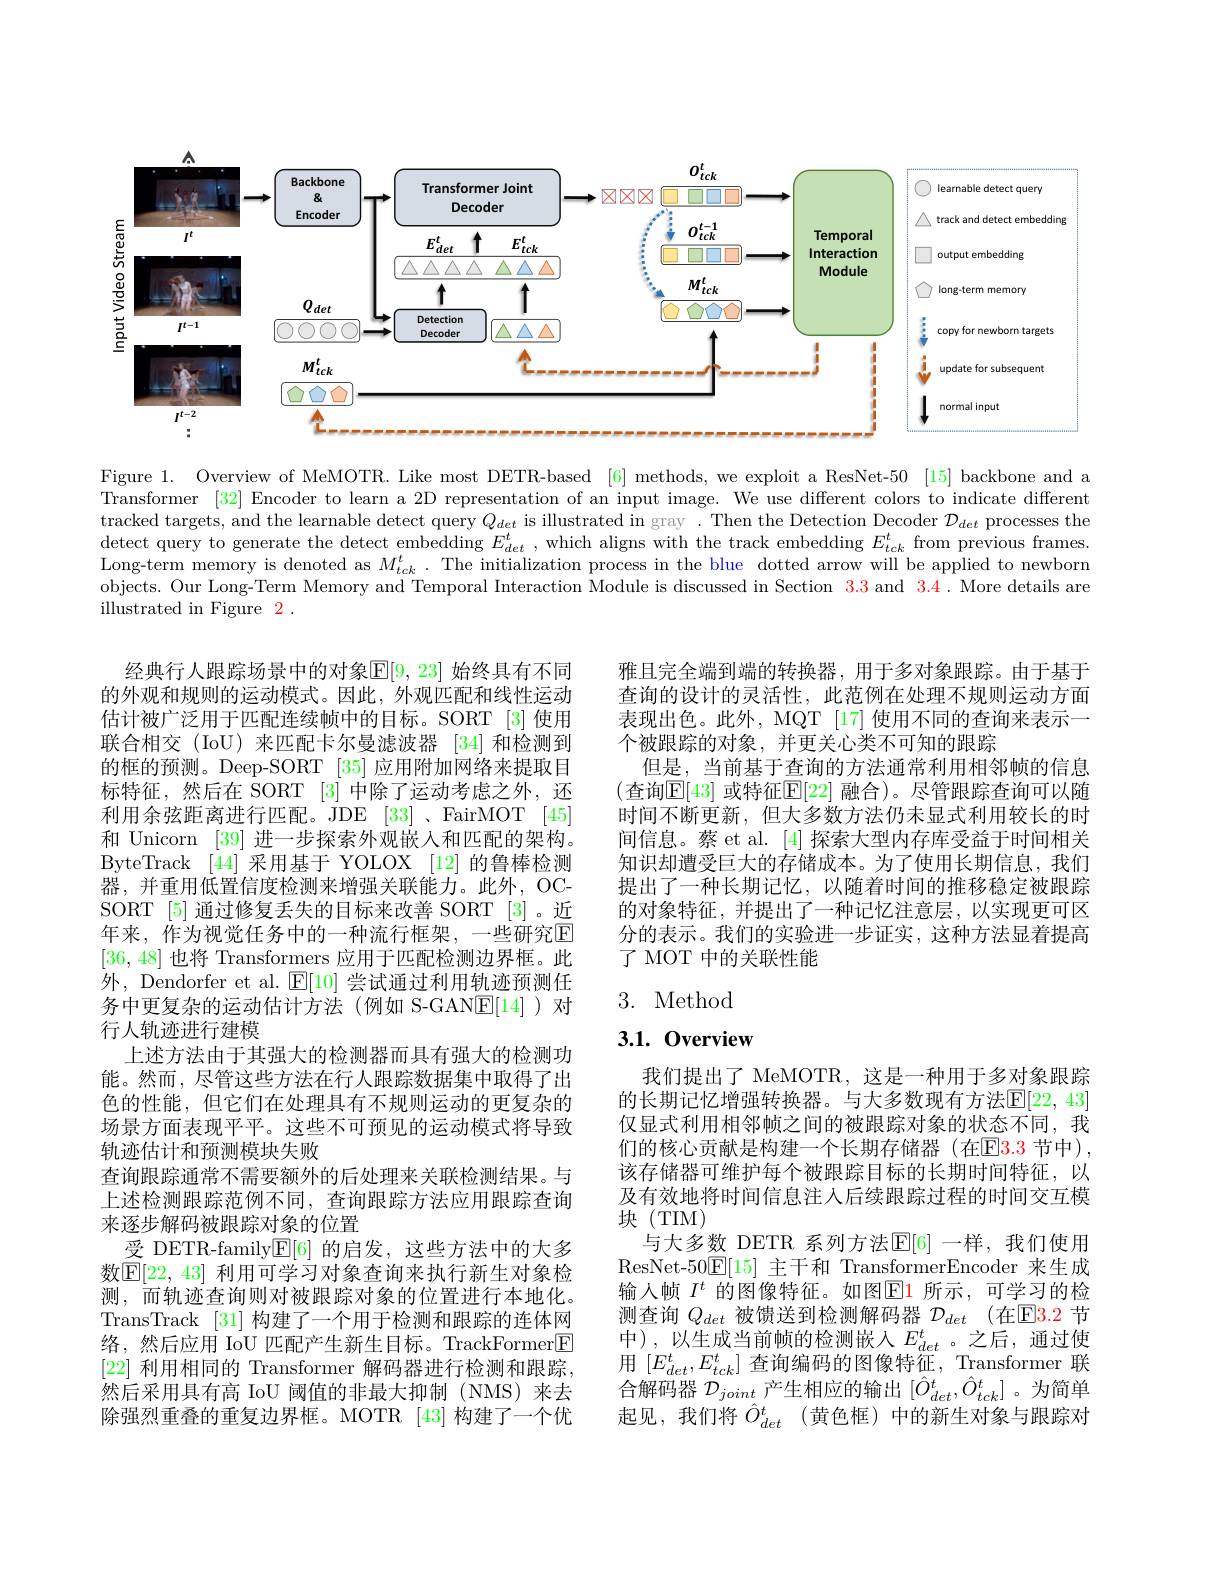
<FigureHere>

Figure 1. Overview of MeMOTR. Like most DETR-based [6] methods, we exploit a ResNet-50 [15] backbone and a $\bar{\text{Transformer }}[32]$ Encoder to learn a 2D representation of an input image. We use different colors to indicate different tracked targets, and the learnable detect query $Q_{det}$ is illustrated in gray . Then the Detection Decoder $\mathcal{D}_det$ processes the detect query to generate the detect embedding $E_det^t$, which aligns with the track embedding $E_tck^t$ from previous frames Long-term memory is denoted as $M_{tck}^t.$ The initialization process in the blue dotted arrow will be applied to newborn objects. Our Long-Term Memory and Temporal Interaction Module is discussed in Section $\color{red}{3.3}$ and $\color{red}{3.4.\text{ More details are}}$ illustrated in Figure 2 .

雅且完全端到端的转换器，用于多对象跟踪。由于基于查询的设计的灵活性，此范例在处理不规则运动方面表现出色。此外，MQT [17] 使用不同的查询来表示一个被跟踪的对象，并更关心类不可知的跟踪
但是，当前基于查询的方法通常利用相邻帧的信息(查询$\mathbb{E}[43]$ 或特征$\mathbb{E}[22]$ 融合)。尽管跟踪查询可以随时间不断更新，但大多数方法仍未显式利用较长的时间信息。蔡 et al. [4] 探索大型内存库受益于时间相关知识却遭受巨大的存储成本。为了使用长期信息，我们提出了一种长期记忆，以随着时间的推移稳定被跟踪的对象特征，并提出了一种记忆注意层，以实现更可区分的表示。我们的实验进一步证实，这种方法显着提高了 MOT 中的关联性能

## 3. Method

# 3.1. Overview

经典行人跟踪场景中的对象$\mathbb{E}[9,23]$ 始终具有不同的外观和规则的运动模式。因此，外观匹配和线性运动估计被广泛用于匹配连续帧中的目标。SORT [3]使用联合相交(IoU)来匹配卡尔曼滤波器 [34]和检测到的框的预测。Deep-SORT [35] 应用附加网络来提取目标特征，然后在 SORT [3] 中除了运动考虑之外，还利用余弦距离进行匹配。JDE [33]、FairMOT [45] 和 Unicorn [39] 进一步探索外观嵌入和匹配的架构。ByteTrack [44] 采用基于 YOLOX [12] 的鲁棒检测器，并重用低置信度检测来增强关联能力。此外，OCSORT [5]通过修复丢失的目标来改善 SORT [3]。近年来，作为视觉任务中的一种流行框架，一些研究$\overline{\mathrm{E}}$ [36,48]也将 Transformers 应用于匹配检测边界框。此外，Dendorfer et al. $\operatorname{E}[10]$尝试通过利用轨迹预测任务中更复杂的运动估计方法(例如 S-GANE[14])对行人轨迹进行建模
上述方法由于其强大的检测器而具有强大的检测功能。然而，尽管这些方法在行人跟踪数据集中取得了出色的性能，但它们在处理具有不规则运动的更复杂的场景方面表现平平。这些不可预见的运动模式将导致轨迹估计和预测模块失败
查询跟踪通常不需要额外的后处理来关联检测结果。与上述检测跟踪范例不同，查询跟踪方法应用跟踪查询来逐步解码被跟踪对象的位置
受 DETR-family$\underline{\mathrm{E}}[6]$的启发，这些方法中的大多数$\mathbb{E}[22,43]$ 利用可学习对象查询来执行新生对象检测，而轨迹查询则对被跟踪对象的位置进行本地化。TransTrack [31]构建了一个用于检测和跟踪的连体网络，然后应用 IoU 匹配产生新生目标。TrackFormer[E] [22]利用相同的 Transformer 解码器进行检测和跟踪， 然后采用具有高 IoU 阈值的非最大抑制 (NMS)来去除强烈重叠的重复边界框。MOTR [43]构建了一个优

我们提出了 MeMOTR, 这是一种用于多对象跟踪的长期记忆增强转换器。与大多数现有方法$\mathbb{E}[22,43]$ 仅显式利用相邻帧之间的被跟踪对象的状态不同，我们的核心贡献是构建一个长期存储器(在$\mathbb{E}3.3$ 节中), 该存储器可维护每个被跟踪目标的长期时间特征，以及有效地将时间信息注人后续跟踪过程的时间交互模块 (TIM)
与大多数 DETR 系列方法$\mathbb{E}[6]$ 一样，我们使用ResNet-50$\underline{\mathrm{E}}[15]$主干和 TransformerEncoder 来生成输入帧 $I^t$ 的图像特征。如图$\color{red}{\boxed{\mathrm{E}}}$1 所示，可学习的检测查询$Q_{det}$被馈送到检测解码器$\mathcal{D}_det$ (在$\mathbb{E}$3.2 节中),以生成当前帧的检测嵌入$E_det^t$。之后，通过使用$[E_{det}^{t},E_{tck}^{t}]$ 查询编码的图像特征，Transformer 联合解码器$\mathcal{D}_joint$产生相应的输出$[\hat{O}_det^t,\hat{O}_{tck}^t]$ 。为简单起见，我们将$\hat{O} _{det}^{t}$ (黄色框)中的新生对象与跟踪对